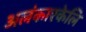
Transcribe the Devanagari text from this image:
अलंकारकेलि